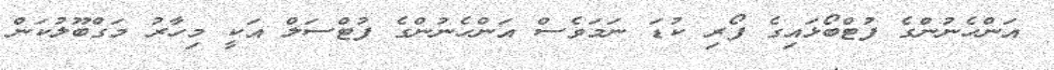
އަންހެނުންގެ ފުޓްބޯޅައިގެ ފޯރި ކުޑަ ނަމަވެސް އަންހެނުންގެ ފުޓްސަލް އަކީ މިހާރު މަގްބޫލުކަން